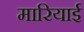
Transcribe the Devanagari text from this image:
मारियाई